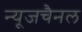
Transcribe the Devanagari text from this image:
न्यूजचैनल